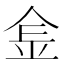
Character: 𨤾